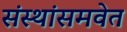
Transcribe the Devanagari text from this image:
संस्थांसमवेत